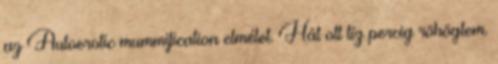
az Autoerotic mummification elmélet. Hát ott tíz percig röhögtem.